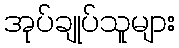
အုပ်ချုပ်သူများ